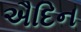
ઐદિન